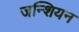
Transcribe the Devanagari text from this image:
जन्शियन